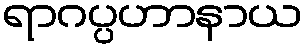
ရာဂပ္ပဟာနာယ